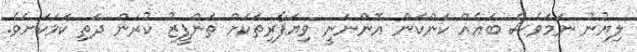
ލިޔުނު ނަމަވެސް ބައެއް ކަންކަން އޮންނަނީ ވިޔަފާރިތަކަށް ތަންފީޒު ކުރަން ދަތި ކަމަކަށެވެ.